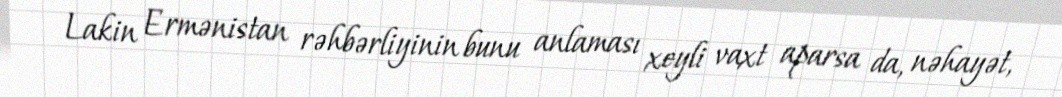
Lakin Ermənistan rəhbərliyinin bunu anlaması xeyli vaxt aparsa da, nəhayət,